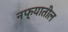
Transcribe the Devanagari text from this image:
नफ्यातील